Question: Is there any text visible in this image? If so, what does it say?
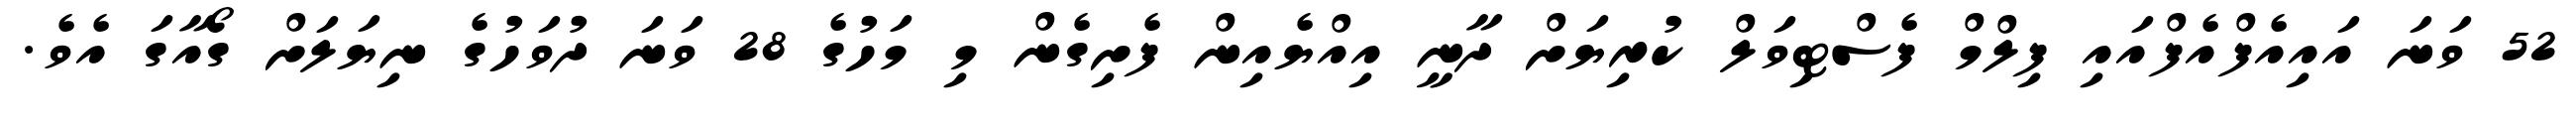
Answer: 52 ވަނަ އައިއެފްއެފްއައި ފިލްމް ފެސްޓިވަލް ކުރިޔަށް ދާނީ އިއްޔެއިން ފެށިގެން މި މަހުގެ 28 ވަނަ ދުވަހުގެ ނިޔަލަށް ގޯއާގަ އެވެ.